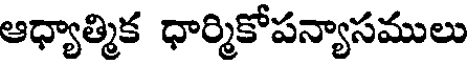
ఆధ్యాత్మిక ధార్మికోపన్యాసములు